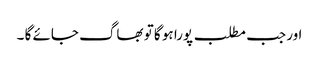
اور جب مطلب پورا ہو گا تو بھاگ جائے گا ۔